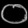
Digit: ၀